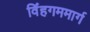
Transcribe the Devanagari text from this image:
विंहगममार्ग